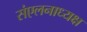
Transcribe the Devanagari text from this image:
संएलनाध्यक्ष